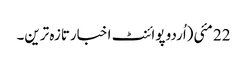
22 مئی(اُردو پوائنٹ اخبارتازہ ترین۔